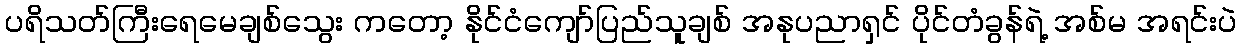
ပရိသတ်ကြီးရေမေချစ်သွေး ကတော့ နိုင်ငံကျော်ပြည်သူချစ် အနုပညာရှင် ပိုင်တံခွန်ရဲ့ အစ်မ အရင်းပဲ